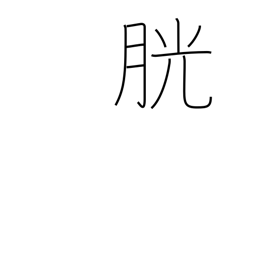
Meaning: bladder